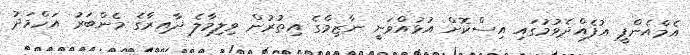
އެމްއެންޕީ އުފެއްދެވުމުގައި އިސްކޮށް އުޅުއްވަނީ ނާޒިމްގެ އިތުރުން ވިލިމާލެ ދާއިރާގެ މެންބަރު އަހްމަދު